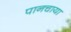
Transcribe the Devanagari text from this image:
पानचाया